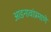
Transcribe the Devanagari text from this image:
आडनावांप्रमाणे